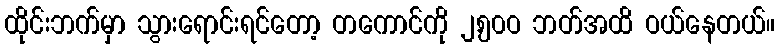
ထိုင်းဘက်မှာ သွားရောင်းရင်တော့ တကောင်ကို ၂,၅၀ဝ ဘတ်အထိ ဝယ်နေတယ်။